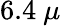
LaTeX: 6.4~\mu